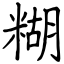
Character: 糊